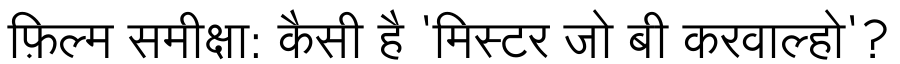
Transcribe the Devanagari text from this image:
फ़िल्म समीक्षा: कैसी है 'मिस्टर जो बी करवाल्हो'?